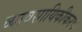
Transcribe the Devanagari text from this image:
व्यावसायिकीकरण